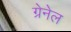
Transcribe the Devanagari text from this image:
ग्रेनेल